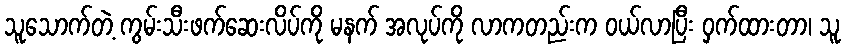
သူသောက်တဲ့ ကွမ်းသီးဖက်ဆေးလိပ်ကို မနက် အလုပ်ကို လာကတည်းက ဝယ်လာပြီး ဝှက်ထားတာ၊ သူ